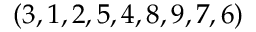
( 3 , 1 , 2 , 5 , 4 , 8 , 9 , 7 , 6 )